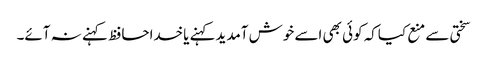
سختی سے منع کیاکہ کوئی بھی اسے خوش آمدیدکہنے یاخداحافظ کہنے نہ آئے۔